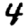
Digit: 4